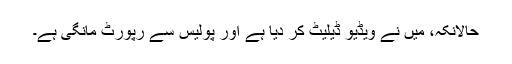
حالانکہ، میں نے ویڈیو ڈیلیٹ کر دیا ہے اور پولیس سے رپورٹ مانگی ہے۔